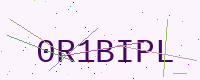
Text: 0R1BIPL